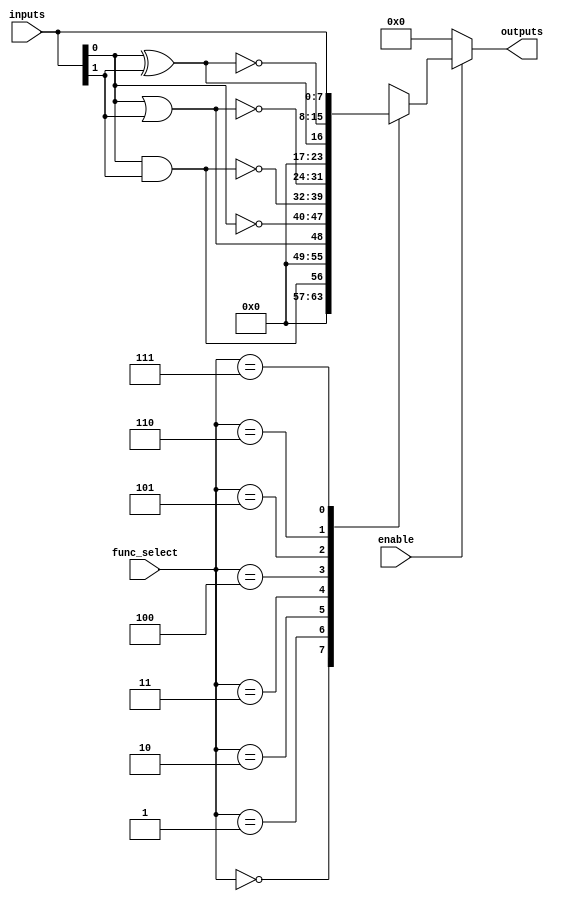
module combinational_logic_block (
    input wire [7:0] inputs,         // 8 inputs for the logic block
    input wire [2:0] func_select,    // Function select signal (3 bits for 8 functions)
    input wire enable,                // Enable signal for the logic block
    output reg [7:0] outputs          // 8 outputs for the logic block
);

// Functionality definitions
localparam AND_FUNC  = 3'b000;
localparam OR_FUNC   = 3'b001;
localparam NOT_FUNC  = 3'b010;
localparam NAND_FUNC = 3'b011;
localparam NOR_FUNC  = 3'b100;
localparam XOR_FUNC  = 3'b101;
localparam XNOR_FUNC = 3'b110;
localparam PASS_FUNC  = 3'b111;    // Pass-through function

always @(*) begin
    if (enable) begin
        case (func_select)
            AND_FUNC: outputs = inputs[0] & inputs[1]; // Example for 2-input AND
            OR_FUNC:  outputs = inputs[0] | inputs[1]; // Example for 2-input OR
            NOT_FUNC: outputs = ~inputs[0];              // Example for NOT
            NAND_FUNC: outputs = ~(inputs[0] & inputs[1]); // Example for 2-input NAND
            NOR_FUNC:  outputs = ~(inputs[0] | inputs[1]); // Example for 2-input NOR
            XOR_FUNC:  outputs = inputs[0] ^ inputs[1]; // Example for 2-input XOR
            XNOR_FUNC: outputs = ~(inputs[0] ^ inputs[1]); // Example for 2-input XNOR
            PASS_FUNC: outputs = inputs;                 // Pass-through
            default:   outputs = 8'b00000000;           // Default case
        endcase
    end else begin
        outputs = 8'b00000000; // Disable output when not enabled
    end
end

endmodule